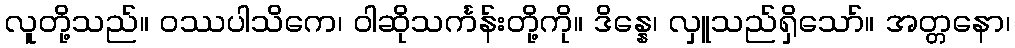
လူတို့သည်။ ဝဿပါသိကေ၊ ဝါဆိုသင်္ကန်းတို့ကို။ ဒိန္နေ၊ လှူသည်ရှိသော်။ အတ္တနော၊